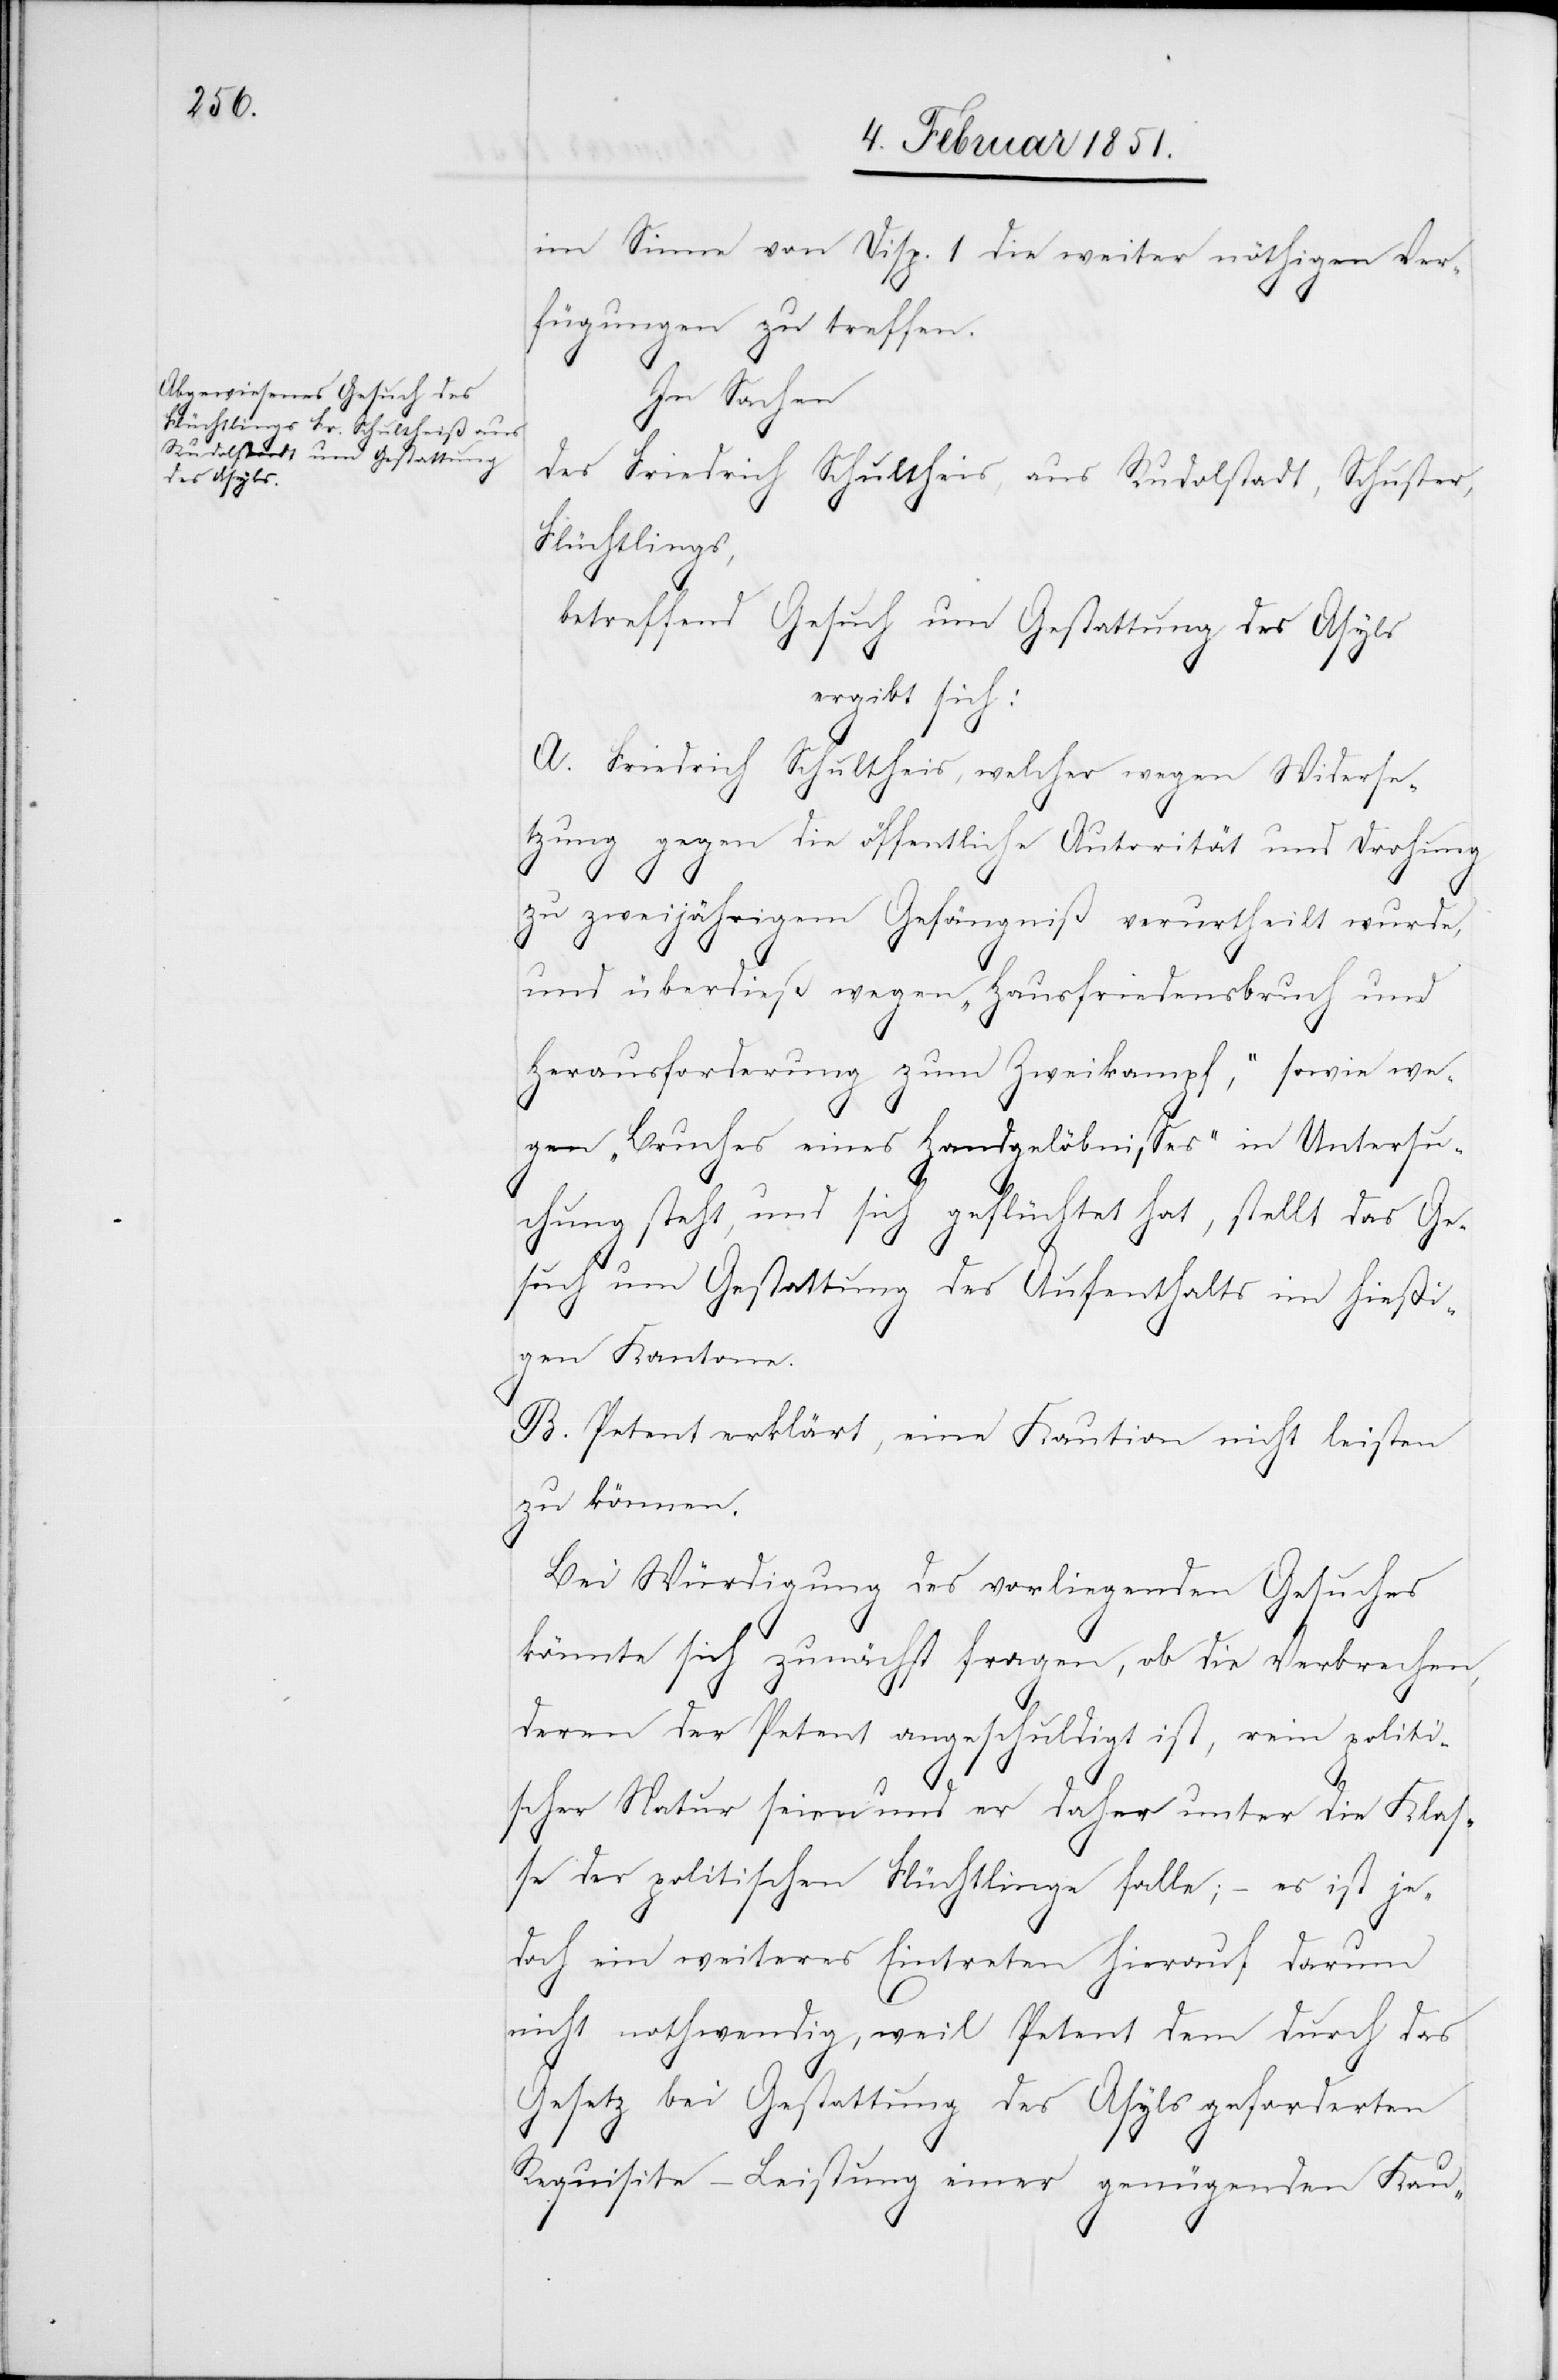
im Sinne von Disp. 1 die weiter nöthigen Ver¬
fügungen zu treffen.
In Sachen
des Friedrich Schultheis [sic!], aus Rudolstadt, Schuster,
Flüchtlings,
betreffend Gesuch um Gestattung des Asyls.
ergibt sich:
A. Friedrich Schultheis, welcher wegen Widerse¬
tzung gegen die öffentliche Autorität und Drohung
zu zweijährigem Gefängniß verurtheilt wurde,
und überdieß wegen „Hausfriedensbruch und
Herausforderung zum Zweikampf,“ sowie we¬
gen „Bruches eines Handgelöbnisses“ in Untersu¬
chung steht, und sich geflüchtet hat, stellt das Ge¬
such um Gestattung des Aufenthalts im hießi¬
gen Kantone.
B. Petent erklärt, eine Kaution nicht leisten
zu können.
Bei Würdigung des vorliegenden Gesuches
könnte sich zunächst fragen, ob die Verbrechen,
deren der Petent angeschuldigt ist, rein politi¬
scher Natur seien und er daher unter die Klas¬
se der politischen Flüchtlinge falle; – es ist je¬
doch ein weiteres Eintreten hierauf darum
nicht nothwendig, weil Petent dem durch das
Gesetz bei Gestattung des Asyls geforderten
Requisite – Leistung einer genügenden Kau-